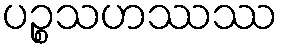
ပဉ္စသဟဿဿ